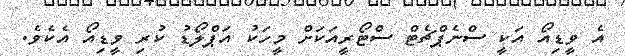
އެ ވީޑިއޯ އަކީ ސްނެޕްޗެޓް ސްޓޯރީއަކަށް މީހަކު އަޕްލޯޑު ކުރި ވީޑިއޯ އެކެވެ.